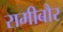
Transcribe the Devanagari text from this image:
रामीबौर